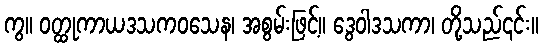
ကွ။ ဝတ္ထုကာယဒသကဝသေန၊ အစွမ်းဖြင့်။ ဒွေဝါဒသကာ၊ တို့သည်၎င်း။